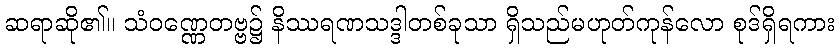
ဆရာဆို၏။ သံဝဏ္ဏေတဗ္ဗ၌ နိဿရဏသဒ္ဒါတစ်ခုသာ ရှိသည်မဟုတ်ကုန်လော စုဒ်ရှိရကား